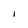
Character: I